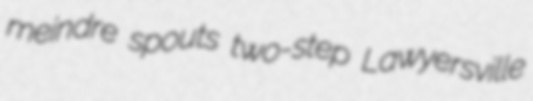
meindre spouts two-step Lawyersville